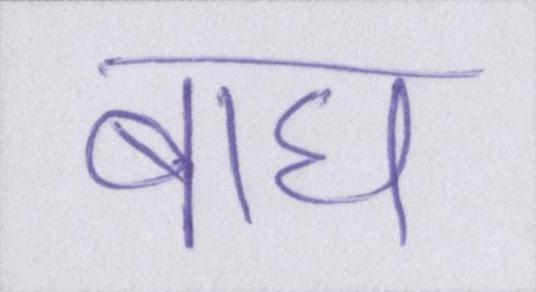
बाघ